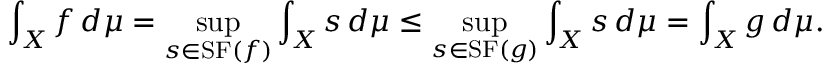
\int _ { X } f \, d \mu = \operatorname* { s u p } _ { s \in \mathrm { { S F } } ( f ) } \int _ { X } s \, d \mu \leq \operatorname* { s u p } _ { s \in \mathrm { { S F } } ( g ) } \int _ { X } s \, d \mu = \int _ { X } g \, d \mu .